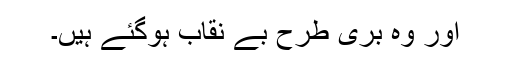
اور وہ بری طرح بے نقاب ہوگئے ہیں۔